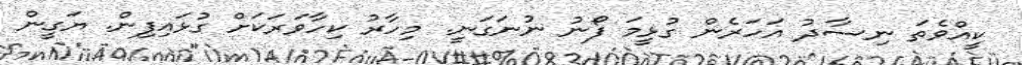
ކީއްވެތަ ނިސާދު އަހަރެން ގުޅީމަ ފޯނު ނުނަގަނީ. މިހާރު ކިހާވަރަކަށް ގުޅައިފިން. ޔަގީން